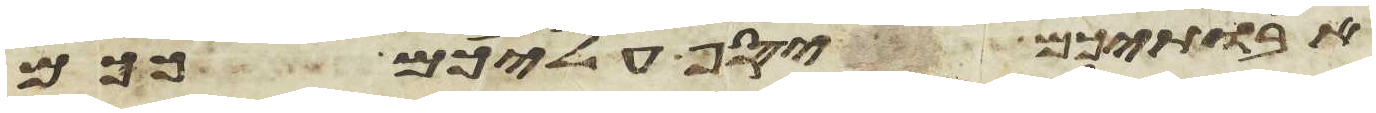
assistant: אבתיכם יסף עליכם ככם